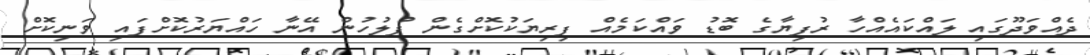
ދެއްވަދޫގައި ލައްކައެއްހާ ރުފިޔާގެ ބޮޑު ވައްކަމެއް ފިރިޔަކުކޮށްގެން ފުލުހުން އޭނާ ހައްޔަރުކޮށްފައި ވަނިކޮށް